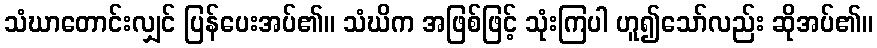
သံဃာတောင်းလျှင် ပြန်ပေးအပ်၏။ သံဃိက အဖြစ်ဖြင့် သုံးကြပါ ဟူ၍သော်လည်း ဆိုအပ်၏။